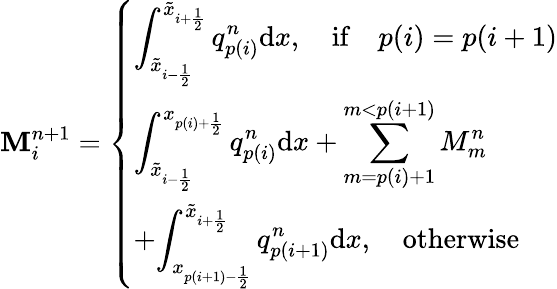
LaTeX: \mathbf{M}_{i}^{n+1}=\left\{ \begin{array}{ll}{\displaystyle{\int_{\tilde{x}_{i-\frac{1}{2}}}^{\tilde{x}_{i+\frac{1}{2}}}q_{p(i)}^{n}\mathrm{d}x},\quad\mathrm{if}\quad p(i)=p(i+1)}\\ {\displaystyle{\int_{\tilde{x}_{i-\frac{1}{2}}}^{x_{p(i)+\frac{1}{2}}}q_{p(i)}^{n}\mathrm{d}x+\sum_{m=p(i)+1}^{m<p(i+1)}M_{m}^{n}}}\\ {+\displaystyle{\int_{x_{p(i+1)-\frac{1}{2}}}^{\tilde{x}_{i+\frac{1}{2}}}q_{p(i+1)}^{n}\mathrm{d}x},\quad\mathrm{otherwise~}}\end{array}\right.